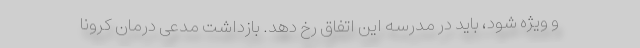
و ویژه شود، باید در مدرسه این اتفاق رخ دهد. بازداشت مدعی درمان کرونا